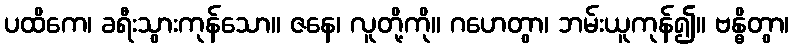
ပထိကေ၊ ခရီးသွားကုန်သော။ ဇနေ၊ လူတို့ကို။ ဂဟေတွာ၊ ဘမ်းယူကုန်၍။ ဗန္ဓိတွာ၊